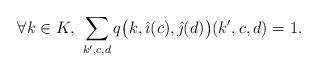
LaTeX: \begin{align*}\forall k \in K,\ \sum_{k',c,d} q\big(k,\hat{\imath}(c),\hat{\jmath}(d)\big)(k',c,d)=1.\end{align*}